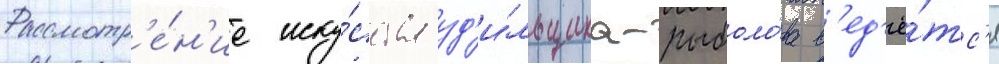
Рассмотр'е́н'ие иску́сства уд'и́льщика-рыболо́ва в'ед'ё́тс'я